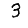
Digit: 3